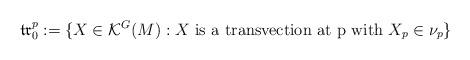
LaTeX: \begin{align*} \mathfrak {tr}_0^p := \{ X\in \mathcal K^G(M): X \textrm{ is a transvection at p with } X_p\in \nu_p\}\end{align*}